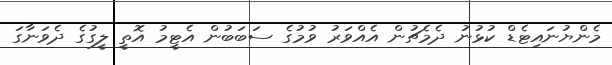
މެންޔުނައިޓެޑް ކުޅުނު ދެމެޗުން އެއްވަރު ވުމުގެ ސަބަބުން އެޓީމު އޮތީ ލީގުގެ ދެވަނާގަ